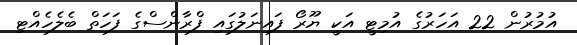
އުމުރުން 22 އަހަރުގެ އުމިޓީ އަކީ ޔޫރޯ ފައިނަލުގައި ފްރާންސްގެ ފަހަތް ބެލެހެއްޓި